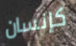
كإنسان